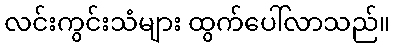
လင်းကွင်းသံများ ထွက်ပေါ်လာသည်။